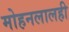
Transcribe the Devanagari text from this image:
मोहनलालही